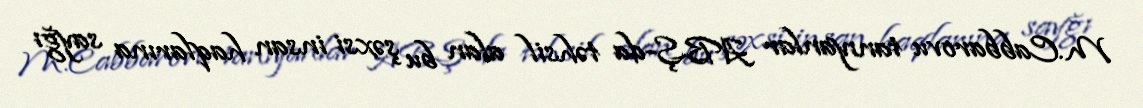
M.Cabbarovu tanıyanlar ABŞ-da təhsil alan bu şəxsi insan haqlarına sayğı